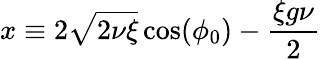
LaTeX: x\equiv 2\sqrt{2\nu\xi}\cos(\phi_{0})-\frac{\xi g\nu}{2}